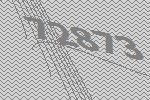
72873